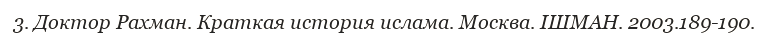
3. Доктор Рахман. Краткая история ислама. Москва. ІШМАН. 2003.189-190.